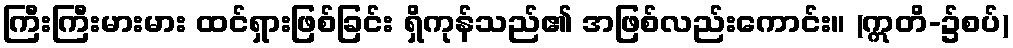
ကြီးကြီးမားမား ထင်ရှားဖြစ်ခြင်း ရှိကုန်သည်၏ အဖြစ်လည်းကောင်း။ (ဣတိ-၌စပ်)